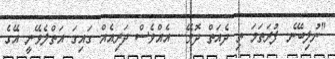
"ނުލިބޭނެ. ފުރަތަމަ ތި ދެއަތް ދޮވޭ... އެއްވެސް ދަރިއެއް ގައިގަ އަތްލެވޭނީ އޭގެ